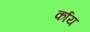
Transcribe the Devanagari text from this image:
र्काय